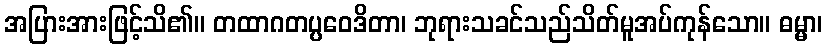
အပြားအားဖြင့်သိ၏။ တထာဂတပ္ပဝေဒိတာ၊ ဘုရားသခင်သည်သိတ်မူအပ်ကုန်သော။ ဓမ္မာ၊